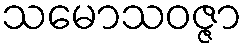
သမောသဝဇ္ဇာ